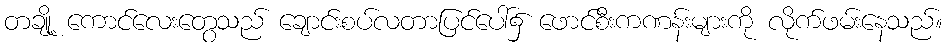
တချို့ ကောင်လေးတွေသည် ချောင်းစပ်လတာပြင်ပေါ်၌ ဖောင်စီးကဏန်းများကို လိုက်ဖမ်းနေသည်။